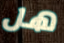
هل